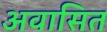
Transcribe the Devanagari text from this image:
अवासित